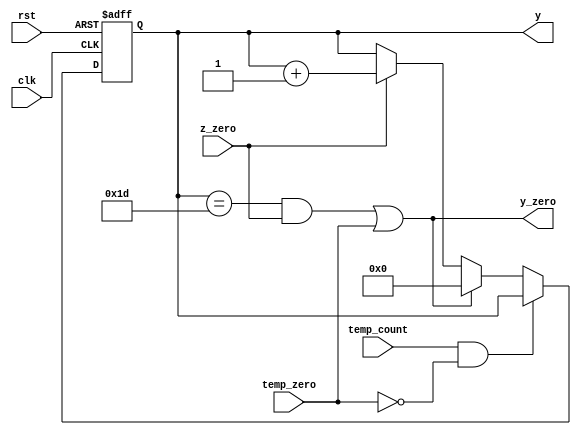
module y_counter_Layer_3 (y,y_zero,clk,rst,z_zero,temp_count,temp_zero);
output wire y_zero;
output reg [4:0] y;
input wire rst,clk,z_zero,temp_count,temp_zero;
always @ (posedge clk or negedge rst)
	begin
		if (!rst )
			y<=0;
		else if (temp_count && !temp_zero);
		else if ((y==5'b11101 &&z_zero)||temp_zero)	
			y<=0;
		else if (z_zero)
			y<=y+5'b1;
	end
assign y_zero=((y==5'b11101 &&z_zero)||temp_zero);	
endmodule